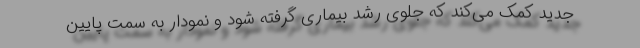
جدید کمک می‌کند که جلوی رشد بیماری گرفته شود و نمودار به سمت پایین